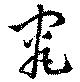
究